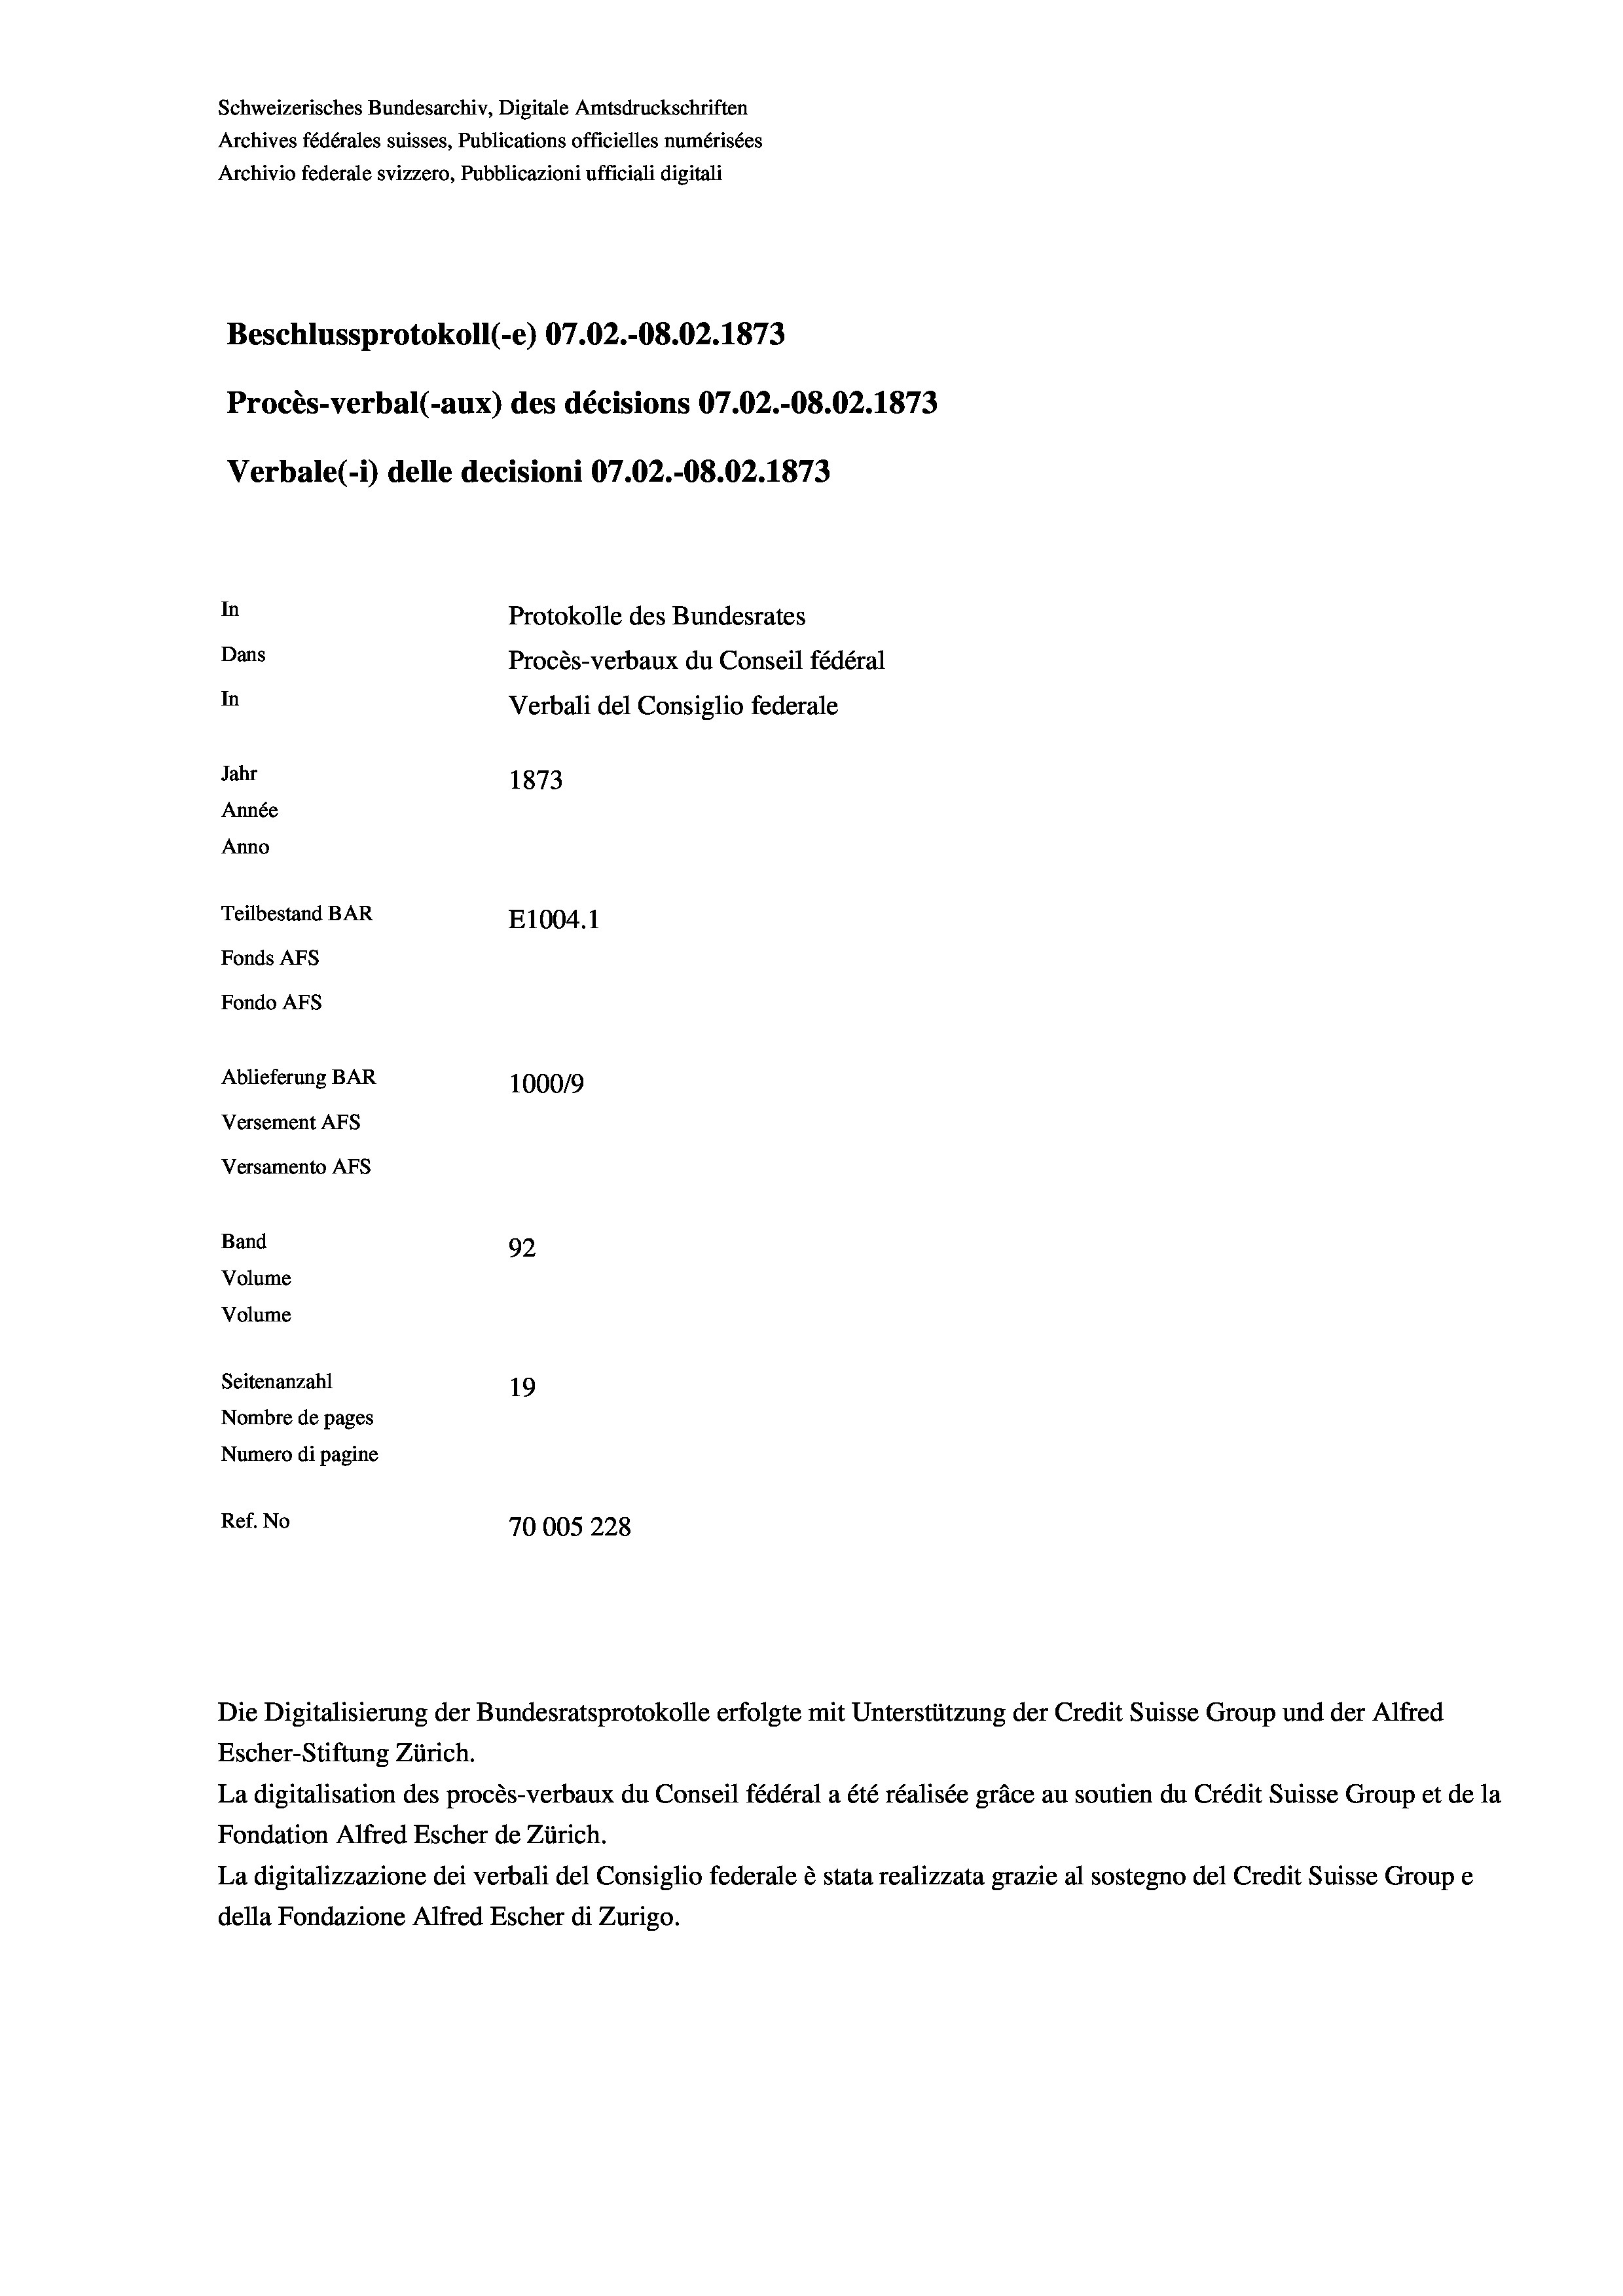
Schweizerisches Bundesarchiv, Digitale Amtsdruckschriften
Archives fédérales suisses, Publications officielles numérisées
Archivio federale svizzero, Pubblicazioni ufficiali digitali
Beschlussprotokoll (-e) 07.02.-08.02. 1873
Procès-verbal (-aux) des décisions 07.02.-O8.02. 1873
Verbale(*) delle decisioni 07.02.-O8.02. 1873
In
Protokolle des Bundesrates
Dans
Procès-verbaux du Conseil fédéral
In
Verbali del Consiglio federale
Jahr
1873
Année
Anno
Teilbestand BAR
E1004. 1
Fonds Afs
Fondo AFS
Ablieferung BAR
100019
Versement AFs
Versamento AFs
Band
92
Volume
Volume

Seitenanzahl
19
Nombre de pages
Numero di pagine
Ref. No
70005228

Escher-Stiftung Zürich.
La digitalisation des procès-verbaux du Conseil fédéral a été réalisée gräce au soutien du Crédit Suisse Group et de la
Fondation Alfred Escher de Zürich.
La digitalizzazione dei verbali del Consiglio federale è stata realizzata grazie al sostegno del Credit Suisse Groupe
della Fondazione Alfred Escher di Zurigo.

Die Digitalisierung der Bundesratsprotokolle erfolgte mit Unterstützung der Credit Suisse Group und der Alfred